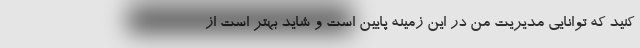
کنید که توانایی مدیریت من در این زمینه پایین است و شاید بهتر است از